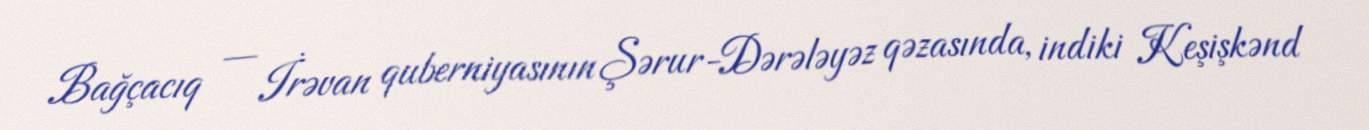
Bağçacıq — İrəvan quberniyasının Şərur-Dərələyəz qəzasında, indiki Keşişkənd